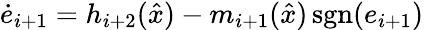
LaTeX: {\dot{e}}_{i+1}=h_{i+2}({\hat{x}})-m_{i+1}({\hat{x}})\operatorname{sgn}(e_{i+1})